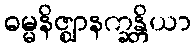
ဓမ္မနိဇ္ဈာနက္ခန္တိယာ